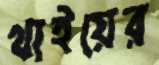
থাইয়ের